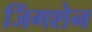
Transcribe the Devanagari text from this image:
जिंगशेन